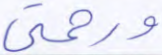
ورحمتي